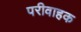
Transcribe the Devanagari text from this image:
परीवाहक